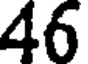
46